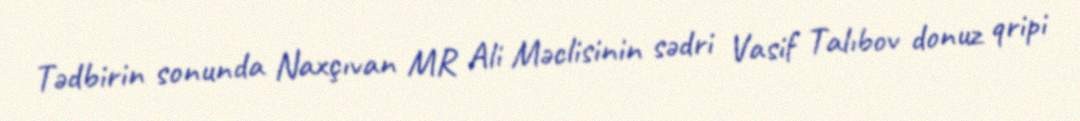
Tədbirin sonunda Naxçıvan MR Ali Məclisinin sədri Vasif Talıbov donuz qripi